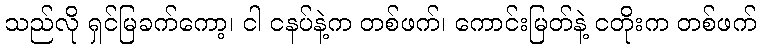
သည်လို ရှင်မြခက်ကော့၊ ငါ ငနပ်နဲ့က တစ်ဖက်၊ ကောင်းမြတ်နဲ့ ငတိုးက တစ်ဖက်